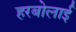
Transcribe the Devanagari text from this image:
हरबोलाई